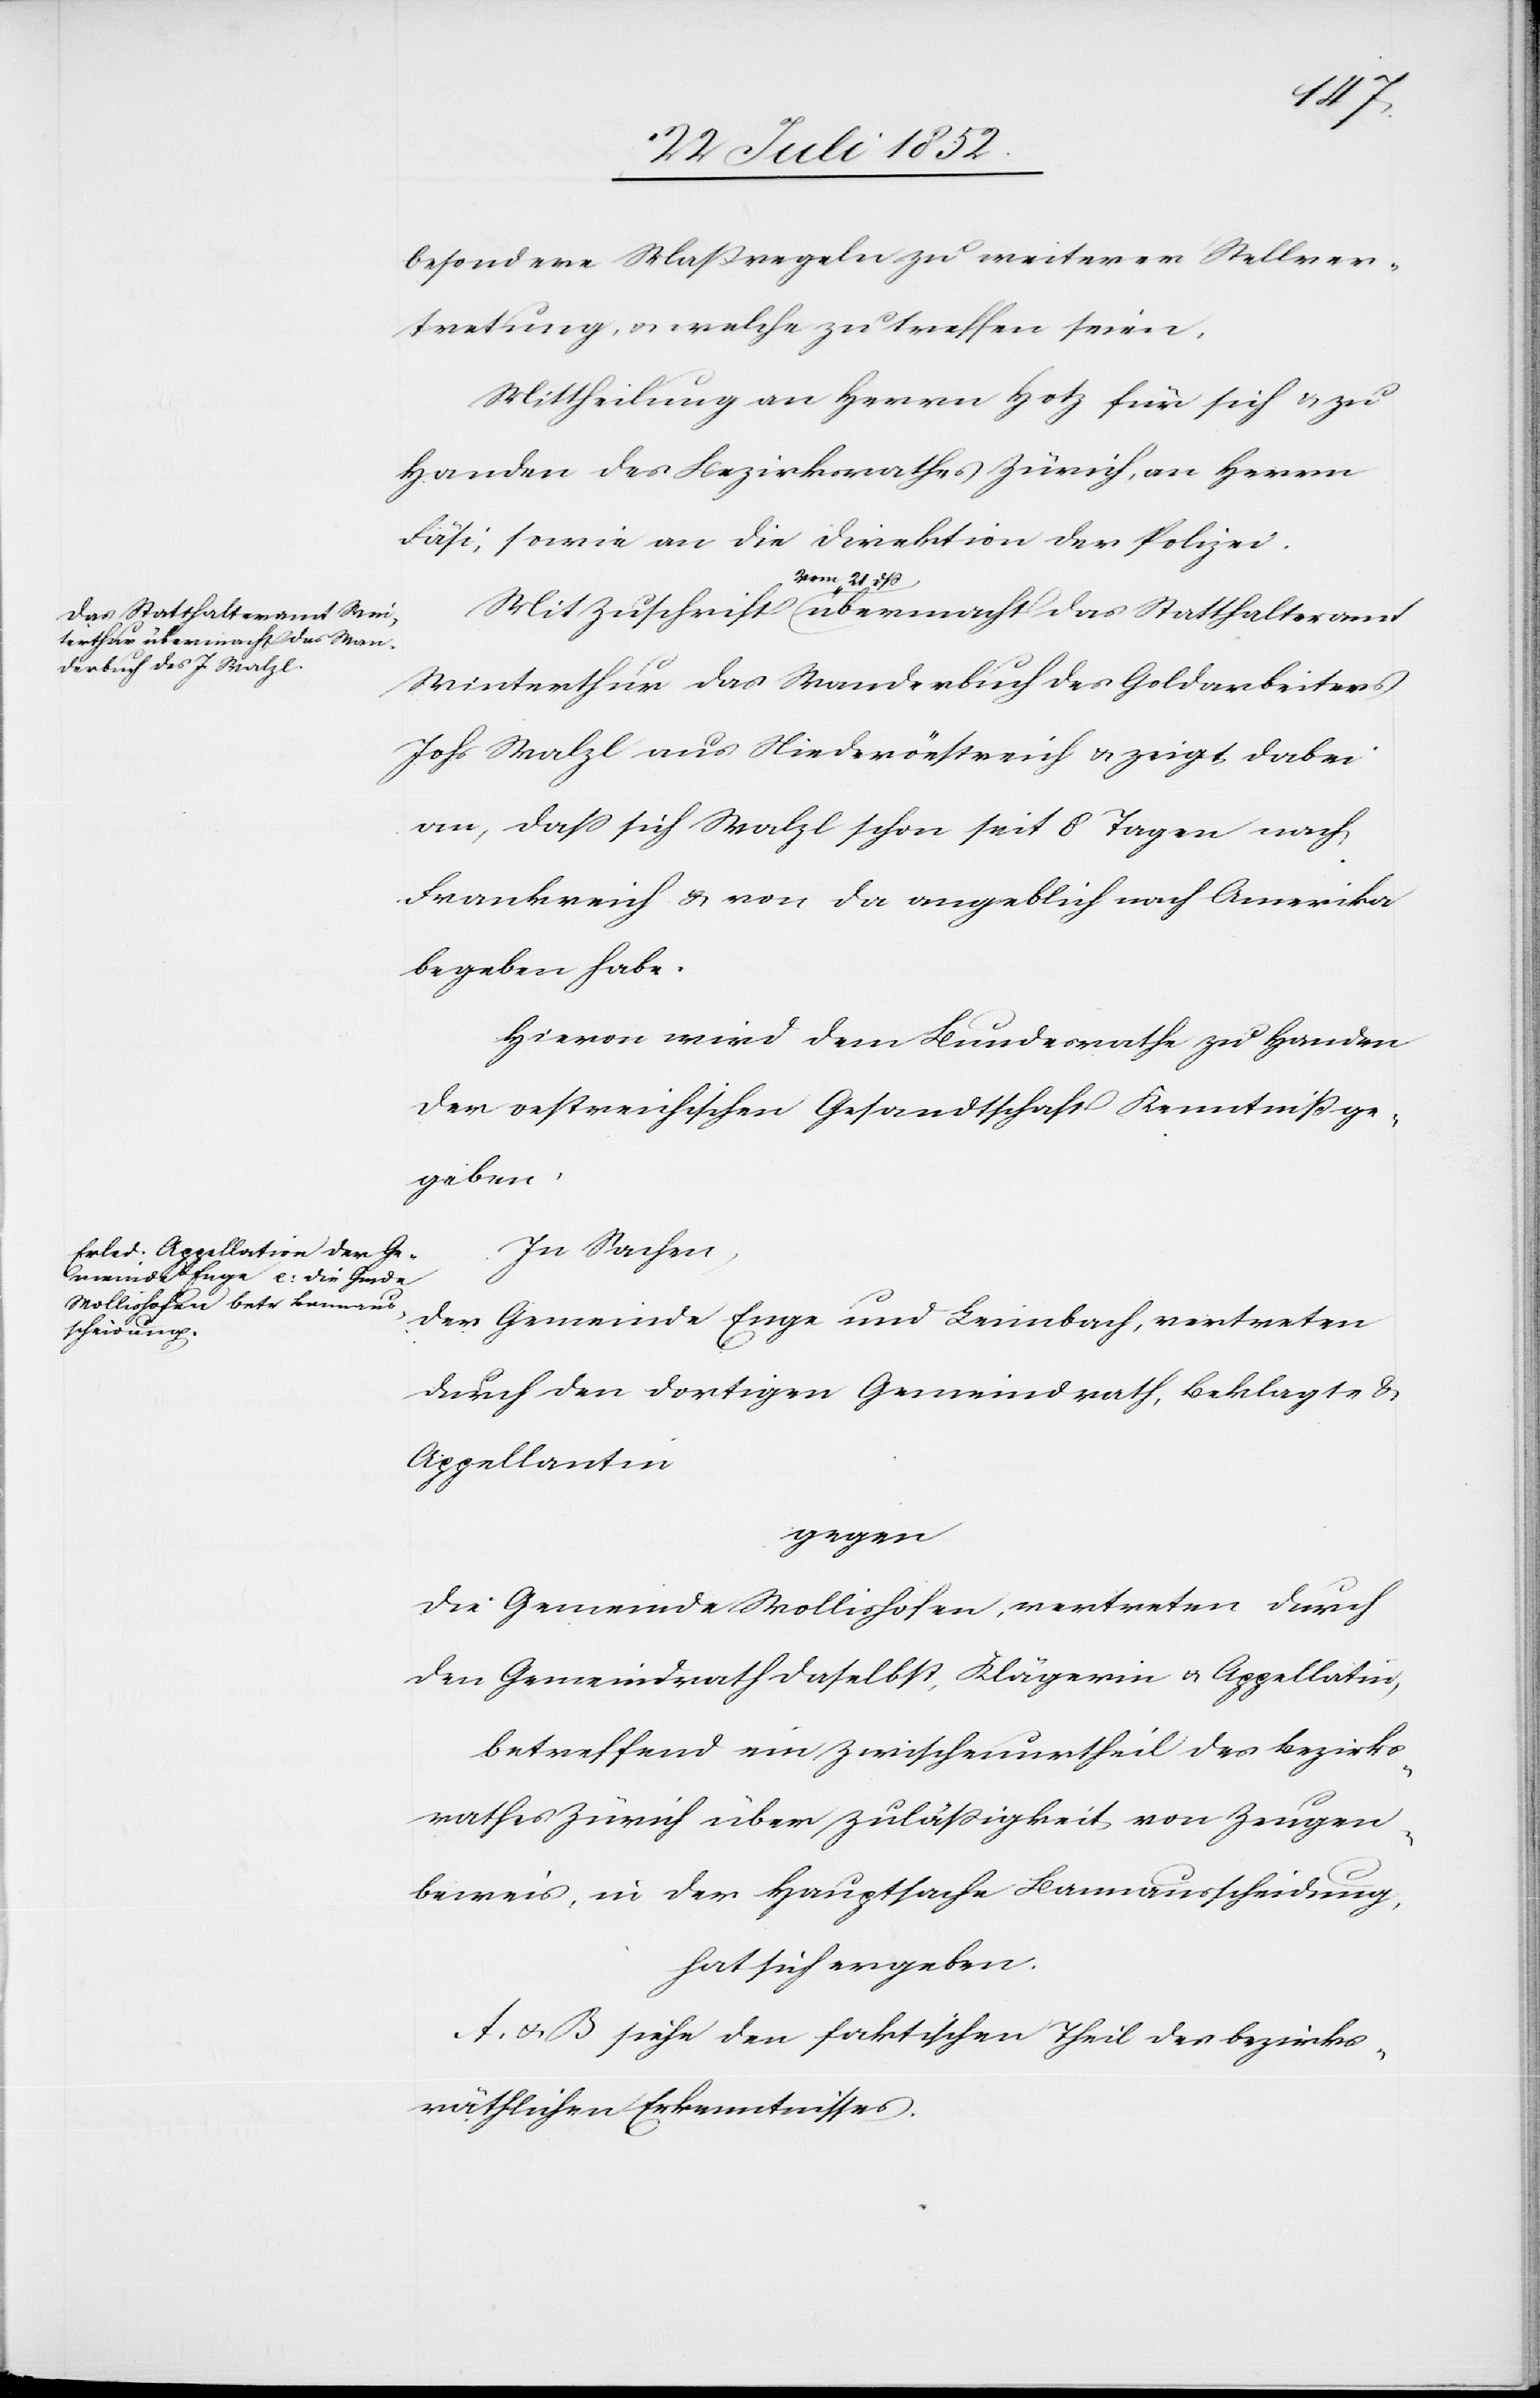
das Statthalteramt W¬

besondere Maßregeln zu weiterer Stellver¬
tretung, & welche zu treffen seien.
Mittheilung an Herrn Hotz für sich & zu
Handen des Bezirksrathes Zürich, an Herrn
Fäsi, sowie an die Direktion der Polizei.
vom 21 dß
interthur das Wanderbuch des Goldarbeiters
Johs Walzl aus Niederöestreich & zeigt dabei
an, dass sich Walzl schon seit 8 Tagen nach
Frankreich & von da angeblich nach Amerika
begeben habe.
Hievon wird dem Bundesrathe zu Handen
der oestreichischen Gesandtschaft Kenntniß ge¬
geben.
In Sachen,
der Gemeinde Enge und Leimbach, vertreten
durch den dortigen Gemeindrath, Beklagte &
Appellantin
gegen
die Gemeinde Wollishofen, vertreten durch
den Gemeindrath daselbst, Klägerin & Appellatin,
betreffend ein Zwischenurtheil des Bezirks¬
rathes Zürich über Zuläßigkeit von Zeugen¬
beweis, in der Hauptsache Bannausscheidung,
hat sich ergeben.
A. & B siehe den faktischen Theil des bezirks¬
räthlichen Erkenntnisses.